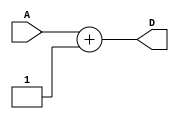
`timescale 1ns / 1ps
//////////////////////////////////////////////////////////////////////////////////
// Company: 
// Engineer: 
// 
// Design Name: 
// Module Name: INC
// Project Name: 
// Target Devices: 
// Tool Versions: 
// Description: 
// 
// Dependencies: 
// 
// Revision:
// Revision 0.01 - File Created
// Additional Comments:
// 
//////////////////////////////////////////////////////////////////////////////////


module INC #(parameter DATAWIDTH=64)(A,D);
    input [DATAWIDTH-1:0] A;
    output reg [DATAWIDTH-1:0] D;
    
    always @(A)
    begin
        D <= A + 1;
    end
endmodule